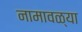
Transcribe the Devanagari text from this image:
नामावळ्या